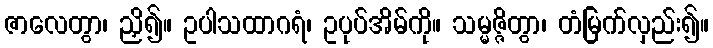
ဇာလေတွာ၊ ညှိ၍။ ဥပါသထာဂရံ၊ ဥပုပ်အိမ်ကို။ သမ္မဇ္ဇိတွာ၊ တံမြက်လှည်း၍။